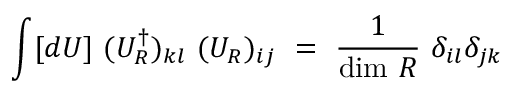
\int [ d U ] ~ ( U _ { R } ^ { \dagger } ) _ { k l } ~ ( U _ { R } ) _ { i j } ~ = ~ \frac { 1 } { \mathrm { d i m } ~ R } ~ \delta _ { i l } \delta _ { j k }